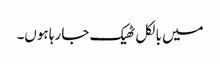
میں بالکل ٹھیک جا رہا ہوں۔